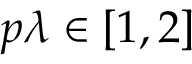
p \lambda \in [ 1 , 2 ]